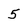
Character: 5